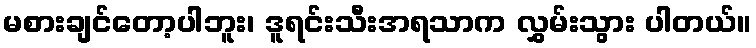
မစားချင်တော့ပါဘူး၊ ဒူရင်းသီးအရသာက လွှမ်းသွား ပါတယ်။